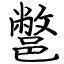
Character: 鄨